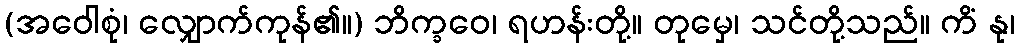
(အဝေါစုံ၊ လျှောက်ကုန်၏။) ဘိက္ခဝေ၊ ရဟန်းတို့။ တုမှေ၊ သင်တို့သည်။ ကိံ နု၊